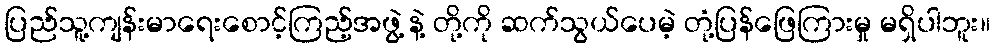
ပြည်သူ့ကျန်းမာရေးစောင့်ကြည့်အဖွဲ့ နဲ့ တို့ကို ဆက်သွယ်ပေမဲ့ တုံ့ပြန်ဖြေကြားမှု မရှိပါဘူး။